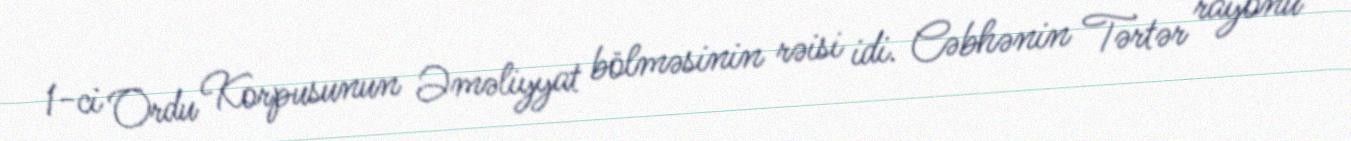
1-ci Ordu Korpusunun Əməliyyat bölməsinin rəisi idi. Cəbhənin Tərtər rayonu